Lunatic asylums United Provinces 1899-1908 - 1899-1908
Year: 1899
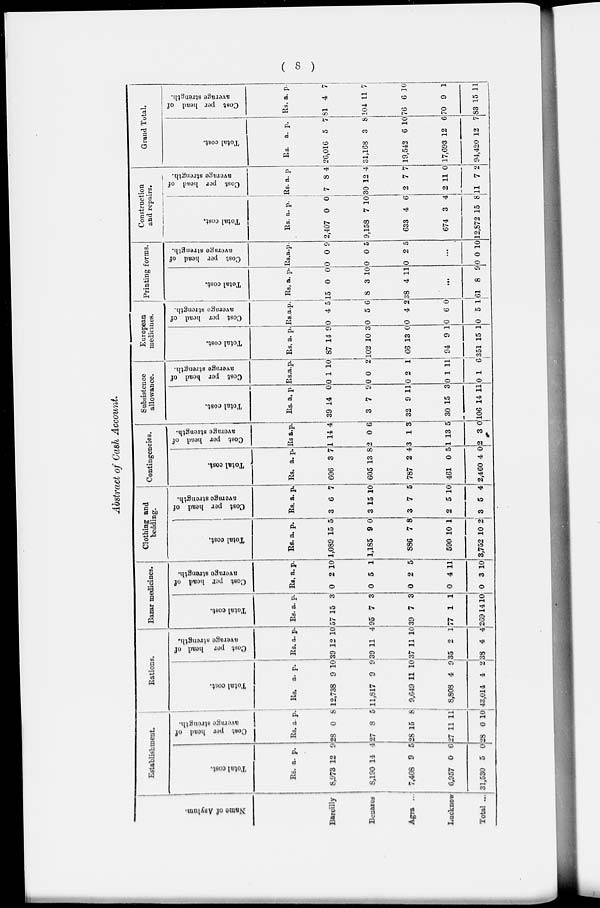
( 8 )
Abstract of Cash Account.
Na me of As ylum.
Bareilly
Benares
Agra ...
Lucknow
Total ...
Establishment.
Total cost.
Rs.
8,973
8,190
7,408
6,957
31,530
a.
12
14
9
0
5
p.
9
4
5
6
0
Cost per head of
average strength.
Rs
28
27
28
27
28
a
0
8
15
11
0
p.
8
5
8
11
10
Rations.
Total cost.
Rs.
12,738
11,817
9,649
8,808
43,014
a.
9
9
11
4
4
p.
10
9
10
9
2
Cost per head of
average strength.
Rs.
39
39
37
35
38
a.
12
11
11
2
4
p.
10
4
10
1
4
Bazar medicines.
Total cost.
Rs
57
95
39
77
269
a
15
7
7
1
14
p.
3
3
3
1
10
Cost per head of
average strength.
Rs
0
0
0
0
0
a.
2
5
2
4
3
p.
10
1
5
11
10
Clothing and
bedding.
Total cost.
Rs.
1,089
1,185
886
590
3,752
a.
15
9
7
10
10
p.
5
0
8
1
2
Cost per head of
average strength.
Rs.
3
3
3
2
3
a.
6
15
7
5
5
p.
7
10
5
10
4
Contingencies.
Total cost.
Rs.
606
605
787
461
2,460
a.
3
13
2
0
4
p.
7
8
4
5
0
Cost per head of
average strength.
Rs
1
2
3
1
2
a.
14
0
1
13
3
p.
4
6
3
5
0
Subsistence
allowance.
Total cost.
Rs.
39
3
32
30
106
a.
14
7
9
15
14
p.
0
9
11
3
11
Cost per head of
average strength.
Rs.
0
0
0
0
0
a.
1
0
2
1
1
p.
10
2
1
11
6
European
medicines.
Total cost.
Rs.
87
102
66
94
351
a.
14
10
13
9
15
p.
9
3
0
1
1
Cost per head of
average strength.
Rs.
0
0
0
0
0
a.
4
5
4
6
5
p.
5
6
2
0
1
Printing forms.
Total cost.
Rs.
15
8
38
a.
0
3
4
p.
0
10
11
...
61 8 9
Cost per head of
average strength.
Rs.
0
0
0
a.
0
0
2
P.
9
5
5
...
0 0 10
Construction
and repairs.
Total cost.
Rs.
2,407
9,158
633
674
12,872
a.
0
7
4
3
15
p.
0
10
6
4
8
Cost per head of
average strength.
Rs.
7
30
2
2
11
a.
8
12
7
11
7
p.
4
4
7
0
2
Grand Total.
Total cost.
Rs.
26,016
31,168
19,542
17,693
94,420
a.
5
3
6
12
12
p.
7
8
10
6
7
Cost per head of
average strength.
Rs.
81
104
76
70
83
a.
4
11
6
9
15
p.
7
7
10
1
11